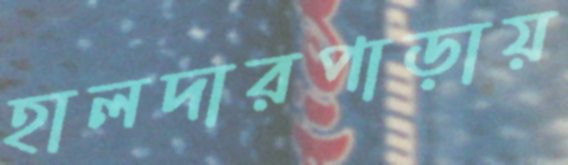
হালদারপাড়ায়